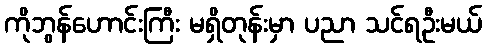
ကိုဘွန်ဟောင်းကြီး မရှိတုန်းမှာ ပညာ သင်ရဦးမယ်